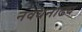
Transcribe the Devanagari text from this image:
नवधनाढ्य